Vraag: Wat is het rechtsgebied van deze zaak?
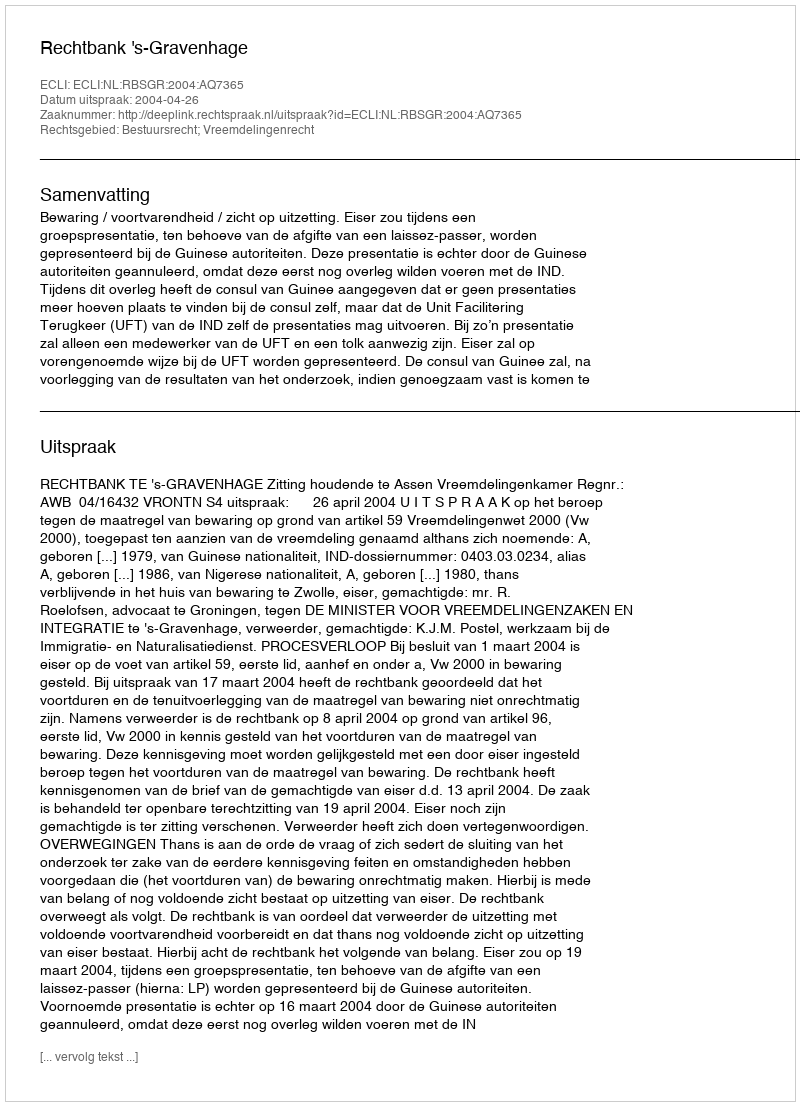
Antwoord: Bestuursrecht; Vreemdelingenrecht